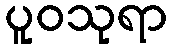
ပူဝသုရာ